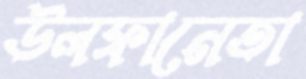
উলফানেতা